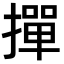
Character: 撣